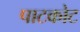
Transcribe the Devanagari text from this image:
पाटकोट